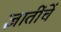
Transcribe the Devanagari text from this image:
ज्ञातींचें